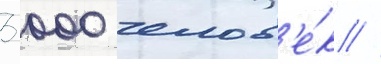
3 000 челов'е́к //